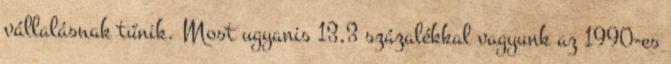
vállalásnak tűnik. Most ugyanis 13,3 százalékkal vagyunk az 1990-es